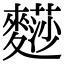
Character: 𪍬